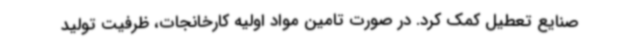
صنایع تعطیل کمک کرد. در صورت تامین مواد اولیه کارخانجات، ظرفیت تولید